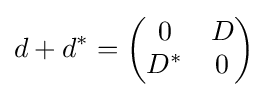
d+d^{*}={\begin{pmatrix}0&D\\D^{*}&0\end{pmatrix}}